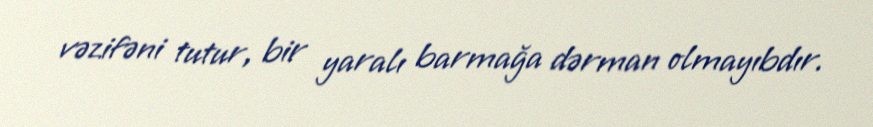
vəzifəni tutur, bir yaralı barmağa dərman olmayıbdır.